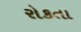
રોકતા